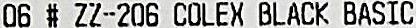
06 # ZZ-206 COLEX BLACK BASIC